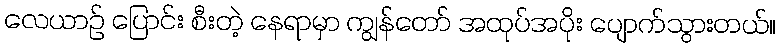
လေယာဉ် ပြောင်း စီးတဲ့ နေရာမှာ ကျွန်တော် အထုပ်အပိုး ပျောက်သွားတယ်။